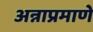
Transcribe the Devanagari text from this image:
अन्नाप्रमाणे